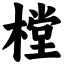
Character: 樘